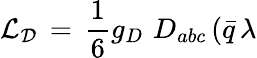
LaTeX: {\cal L_{D}}\, =\, \frac{1}{6}g_{D}\, \, D_{abc}\, (\bar{q}\, {\lambda}